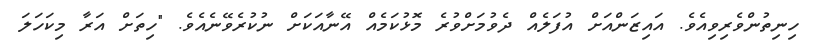
ހިނިތުންވެރިވިއެވެ. އައިޒަންއަށް އުފަލެއް ދެވުމަށްވުރެ މޮޅުކަމެއް އޭނާއަކަށް ނުކުރެވޭނެއެވެ. "ހިތަށް އަރާ މިކަހަލަ